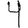
Digit: 4